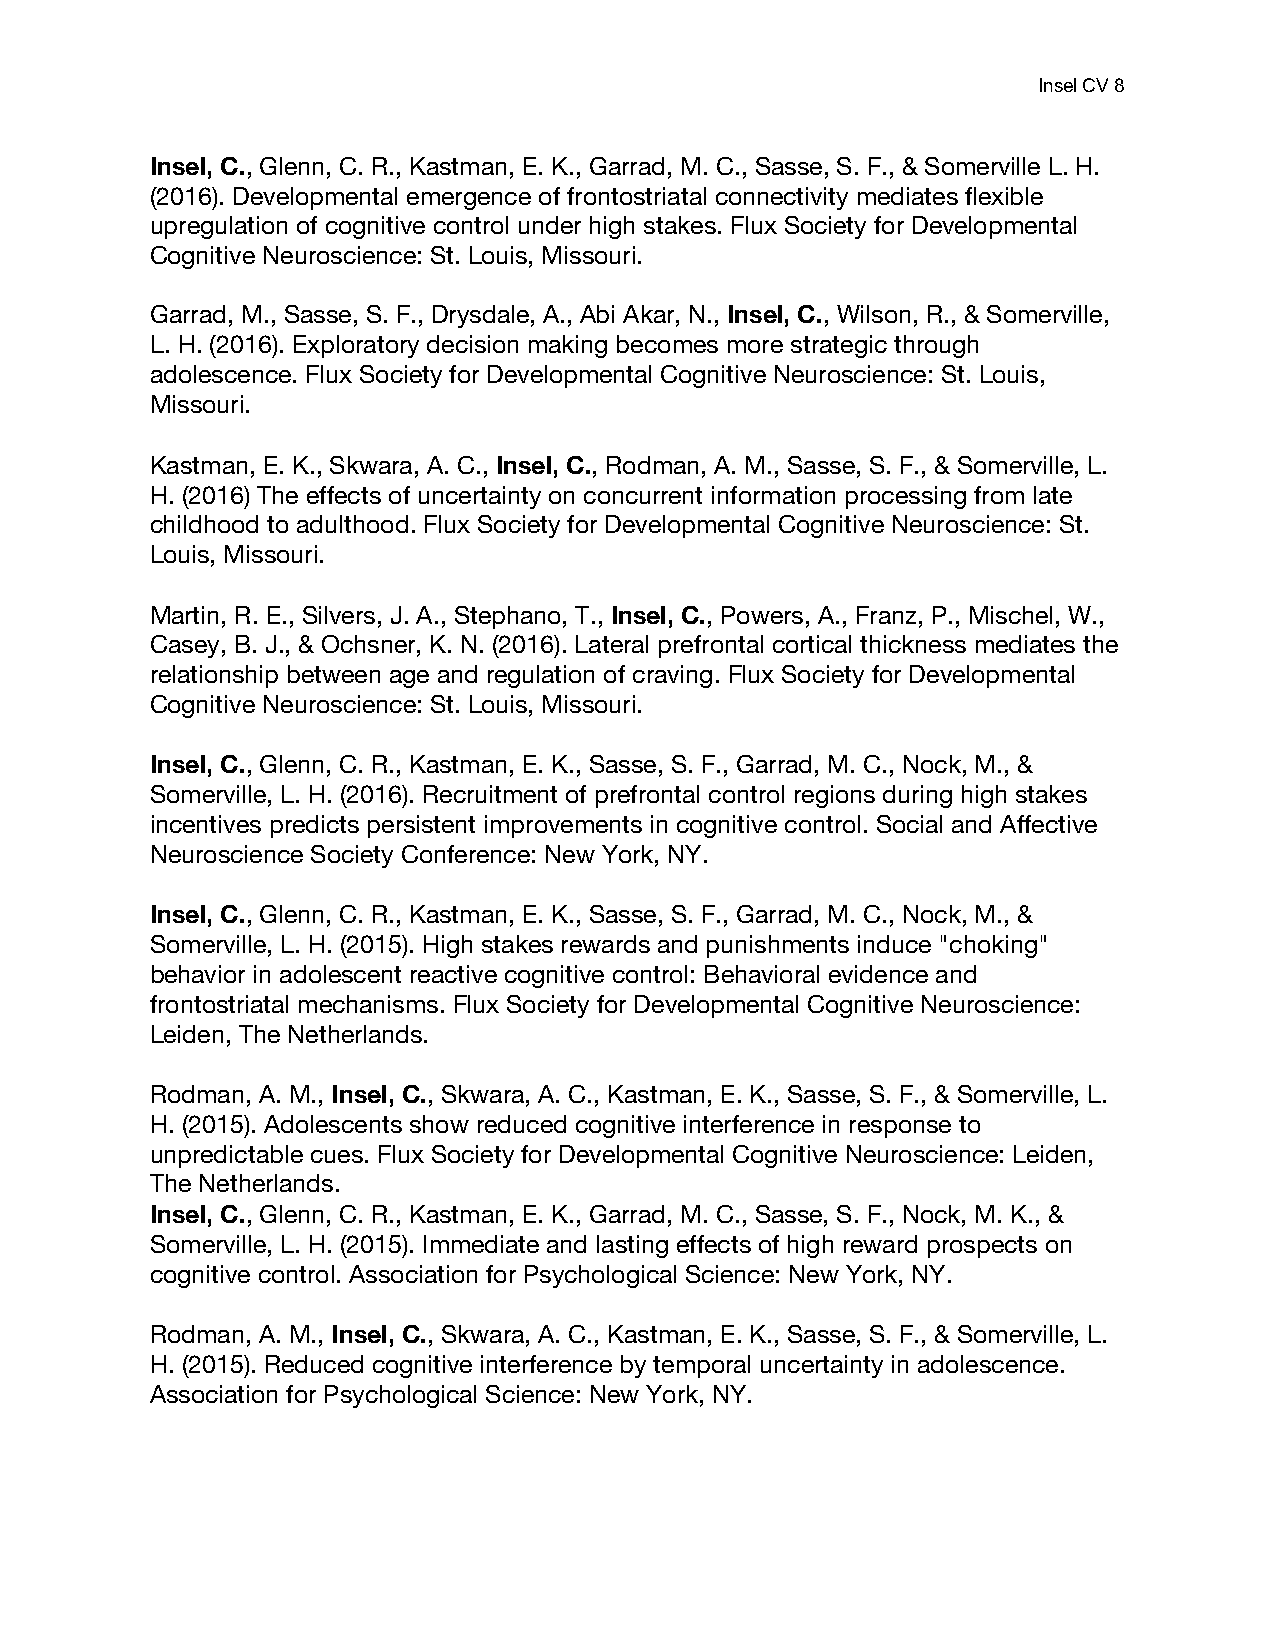
Insel CV 8
 Insel, C., Glenn, C. R., Kastman, E. K., Garrad, M. C., Sasse, S. F., & Somerville L. H.
 (2016). Developmental emergence of frontostriatal connectivity mediates flexible
 upregulation of cognitive control under high stakes. Flux Society for Developmental
 Cognitive Neuroscience: St. Louis, Missouri.
 Garrad, M., Sasse, S. F., Drysdale, A., Abi Akar, N., Insel, C., Wilson, R., & Somerville,
 L. H. (2016). Exploratory decision making becomes more strategic through
 adolescence. Flux Society for Developmental Cognitive Neuroscience: St. Louis,
 Missouri.
 Kastman, E. K., Skwara, A. C., Insel, C., Rodman, A. M., Sasse, S. F., & Somerville, L.
 H. (2016) The effects of uncertainty on concurrent information processing from late
 childhood to adulthood. Flux Society for Developmental Cognitive Neuroscience: St.
 Louis, Missouri.
 Martin, R. E., Silvers, J. A., Stephano, T., Insel, C., Powers, A., Franz, P., Mischel, W.,
 Casey, B. J., & Ochsner, K. N. (2016). Lateral prefrontal cortical thickness mediates the
 relationship between age and regulation of craving. Flux Society for Developmental
 Cognitive Neuroscience: St. Louis, Missouri.
 Insel, C., Glenn, C. R., Kastman, E. K., Sasse, S. F., Garrad, M. C., Nock, M., &
 Somerville, L. H. (2016). Recruitment of prefrontal control regions during high stakes
 incentives predicts persistent improvements in cognitive control. Social and Affective
 Neuroscience Society Conference: New York, NY.
 Insel, C., Glenn, C. R., Kastman, E. K., Sasse, S. F., Garrad, M. C., Nock, M., &
 Somerville, L. H. (2015). High stakes rewards and punishments induce "choking"
 behavior in adolescent reactive cognitive control: Behavioral evidence and
 frontostriatal mechanisms. Flux Society for Developmental Cognitive Neuroscience:
 Leiden, The Netherlands.
 Rodman, A. M., Insel, C., Skwara, A. C., Kastman, E. K., Sasse, S. F., & Somerville, L.
 H. (2015). Adolescents show reduced cognitive interference in response to
 unpredictable cues. Flux Society for Developmental Cognitive Neuroscience: Leiden,
 The Netherlands.
 Insel, C., Glenn, C. R., Kastman, E. K., Garrad, M. C., Sasse, S. F., Nock, M. K., &
 Somerville, L. H. (2015). Immediate and lasting effects of high reward prospects on
 cognitive control. Association for Psychological Science: New York, NY.
 Rodman, A. M., Insel, C., Skwara, A. C., Kastman, E. K., Sasse, S. F., & Somerville, L.
 H. (2015). Reduced cognitive interference by temporal uncertainty in adolescence.
 Association for Psychological Science: New York, NY.